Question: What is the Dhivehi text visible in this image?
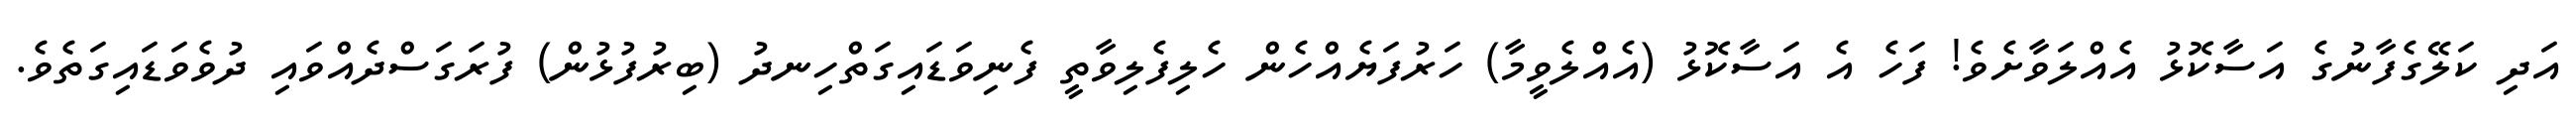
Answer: އަދި ކަލޭގެފާނުގެ އަސާކޮޅު އެއްލަވާށެވެ! ފަހެ އެ އަސާކޮޅު (އެއްލެވީމާ) ހަރުފަޔެއްހެން ހެލިފެލިވާތީ ފެނިވަޑައިގަތްހިނދު (ބިރުފުޅުން) ފުރަގަސްދެއްވައި ދުވެވަޑައިގަތެވެ.